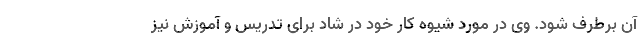
آن برطرف شود. وی در مورد شیوه کار خود در شاد برای تدریس و آموزش نیز